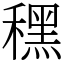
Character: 䆀